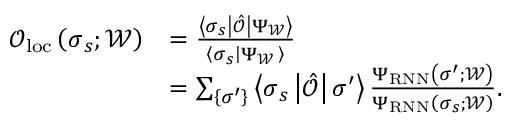
\begin{array} { r l } { \mathcal { O } _ { \mathrm { l o c } } \left( \boldsymbol { \sigma } _ { s } ; \mathcal { W } \right) } & { = \frac { \left\langle \boldsymbol { \sigma } _ { s } \left| \hat { \mathcal { O } } \right| \Psi _ { \mathcal { W } } \right\rangle } { \left\langle \boldsymbol { \sigma } _ { s } \left| \Psi _ { \mathcal { W } } \right. \right\rangle } } \\ & { = \sum _ { \left\{ \boldsymbol { \sigma } ^ { \prime } \right\} } \left\langle \boldsymbol { \sigma } _ { s } \left| \hat { \mathcal { O } } \right| \boldsymbol { \sigma } ^ { \prime } \right\rangle \frac { \Psi _ { \mathrm { R N N } } \left( \boldsymbol { \sigma } ^ { \prime } ; \mathcal { W } \right) } { \Psi _ { \mathrm { R N N } } \left( \boldsymbol { \sigma } _ { s } ; \mathcal { W } \right) } . } \end{array}